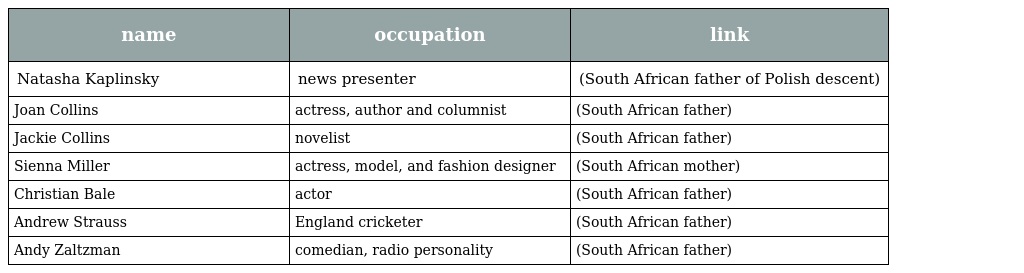
| name | occupation | link |
 | --- | --- | --- |
 | Natasha Kaplinsky | news presenter | (South African father of Polish descent) |
 | Joan Collins | actress, author and columnist | (South African father) |
 | Jackie Collins | novelist | (South African father) |
 | Sienna Miller | actress, model, and fashion designer | (South African mother) |
 | Christian Bale | actor | (South African father) |
 | Andrew Strauss | England cricketer | (South African father) |
 | Andy Zaltzman | comedian, radio personality | (South African father) |